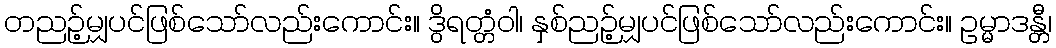
တညဉ့်မျှပင်ဖြစ်သော်လည်းကောင်း။ ဒွိရတ္တံဝါ၊ နှစ်ညဉ့်မျှပင်ဖြစ်သော်လည်းကောင်း။ ဥမ္မာဒန္တီ၊